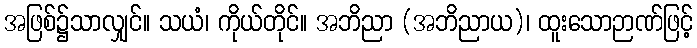
အဖြစ်၌သာလျှင်။ သယံ၊ ကိုယ်တိုင်။ အဘိညာ (အဘိညာယ)၊ ထူးသောဉာဏ်ဖြင့်